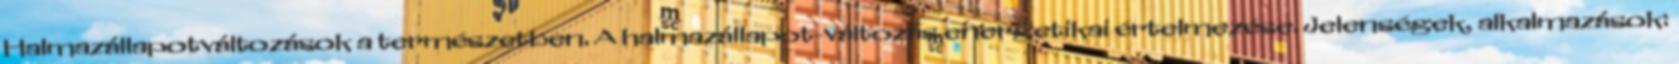
Halmazállapotváltozások a természetben. A halmazállapot-változás energetikai értelmezése. Jelenségek, alkalmazások: